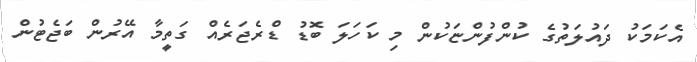
އެކަމަކު ދައުލަތުގެ ކުންފުންޏަކުން މި ކަހަަލަ ބޮޑު ޑްރެޖަރެއް ގަތީމާ އޭރުން ބަޖެޓުން